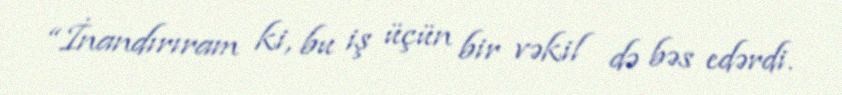
“İnandırıram ki, bu iş üçün bir vəkil də bəs edərdi.